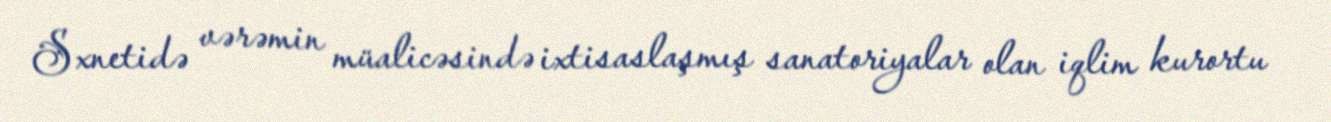
Sxnetidə vərəmin müalicəsində ixtisaslaşmış sanatoriyalar olan iqlim kurortu